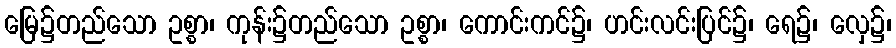
မြေ၌တည်သော ဥစ္စာ၊ ကုန်း၌တည်သော ဥစ္စာ၊ ကောင်းကင်၌၊ ဟင်းလင်းပြင်၌၊ ရေ၌၊ လှေ၌၊